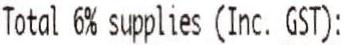
TOTAL 6% SUPPLIES (INC. GST):